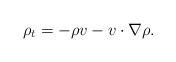
LaTeX: \begin{align*}\rho_t=-\rho v-v\cdot \nabla \rho.\end{align*}